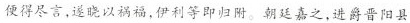
便得尽言，遂晓以祸福，伊利等即归附。朝廷嘉之，进爵晋阳县